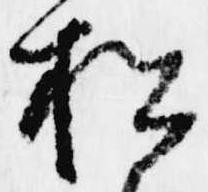
松